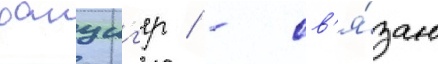
данциг'ер / - св'я́зан